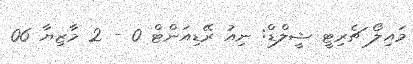
މައިލޯ ޗެރިޓީ ޝީލްޑް: ނިއު ރޭޑިއަންޓް 0 - 2 މާޒިޔާ 06